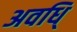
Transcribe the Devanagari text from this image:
अवधि्